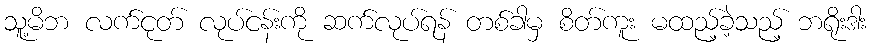
သူ့မိဘ လက်ငုတ် လုပ်ငန်းကို ဆက်လုပ်ရန် တစ်ခါမှ စိတ်ကူး မထည့်ခဲ့သည့် ဘရိုးဒါး